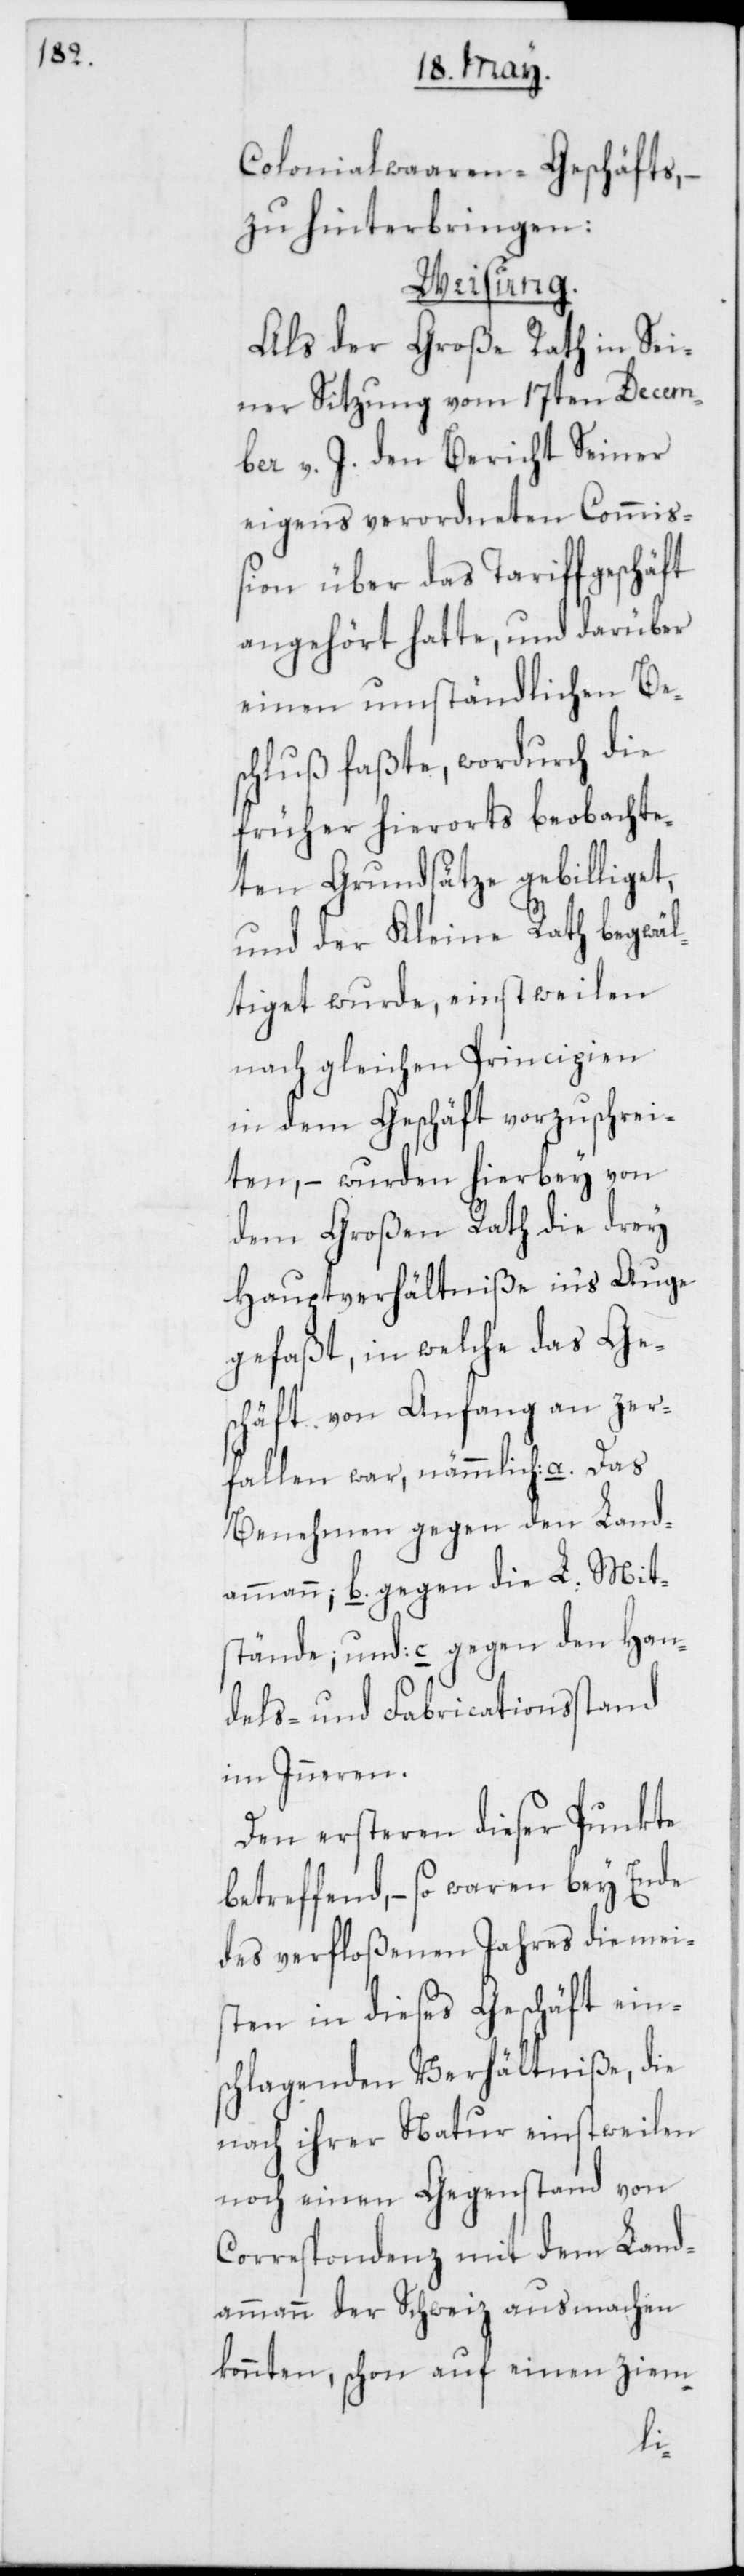
Colonialwaaren-Geschäfts, –
zu hinterbringen:
Weisung.
Als der Große Rath in Sei¬
ner Sitzung vom 17ten Decem¬
ber v. J. den Bericht Seiner
eigens verordneten Commiß¬
ion über das Tariffgeschäft
angehört hatte, und darüber
einen umständlichen Be¬
schluß faßte, wordurch die
früher hierorts beobachte¬
ten Grundsätze gebilliget,
und der Kleine Rath begwäl¬
tiget wurde, einstweilen
nach gleichen Principien
in dem Geschäft vorzuschrei¬
ten, – wurden hierbey von
dem Großen Rath die drey
Hauptverhältniße in‘s Auge
gefaßt, in welche das Ges¬
chäft von Anfang an zer¬
fallen war, nämmlich: a. Das
Benehmen gegen den Land¬
ammann; b. gegen die L. Mit¬
stände; und c. gegen den Han¬
dels- und Frabricationsstand
im Inneren.
Den ersteren dieser Punkte
betreffend, – so waren bey Ende
des verfloßenen Jahres die meis¬
ten in dieses Geschäft ein¬
schlagenden Verhältniße, die
nach ihrer Natur einstweilen
noch einen Gegenstand von
Correspondenz mit dem Land¬
ammann der Schweiz ausmachen
konnten, schon auf einen ziem-